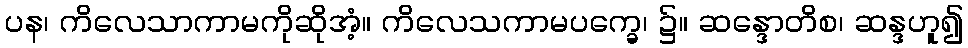
ပန၊ ကိလေသာကာမကိုဆိုအံ့။ ကိလေသကာမပက္ခေ၊ ၌။ ဆန္ဒောတိစ၊ ဆန္ဒဟူ၍